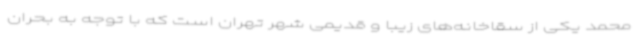
محمد یکی از سقاخانه‌های زیبا و قدیمی شهر تهران است که با توجه به بحران